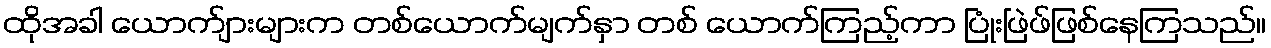
ထိုအခါ ယောက်ျားများက တစ်ယောက်မျက်နှာ တစ် ယောက်ကြည့်ကာ ပြုံးဖြဲဖ်ဖြစ်နေကြသည်။